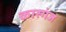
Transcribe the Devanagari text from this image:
कास्गंज